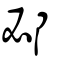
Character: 邲